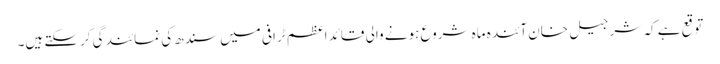
توقع ہے کہ شر جیل خان آئندہ ماہ شروع ہونے والی قائد اعظم ٹرافی میں سندھ کی نمائندگی کرسکتے ہیں۔